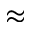
\approx